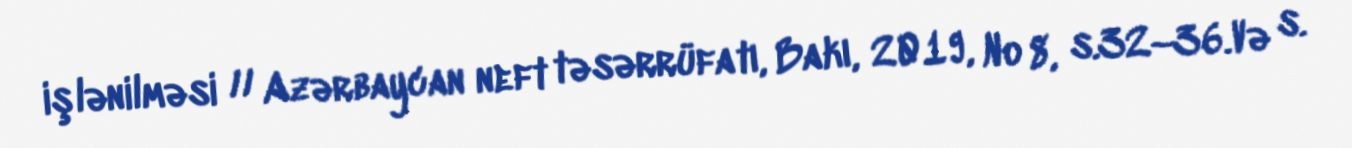
işlənilməsi // Azərbaycan neft təsərrüfatı, Bakı, 2019, № 8, s.32–36.Və s.